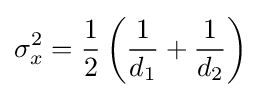
\sigma _{x}^{2}={\frac {1}{2}}\left({\frac {1}{d_{1}}}+{\frac {1}{d_{2}}}\right)